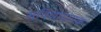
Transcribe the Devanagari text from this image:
सुविधादायक